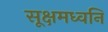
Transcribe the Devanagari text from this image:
सूक्षमध्वनि